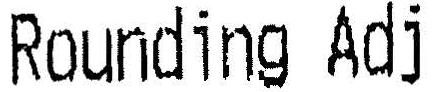
ROUNDING ADJ